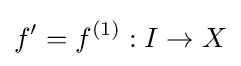
f^{\prime }=f^{(1)}:I\to X